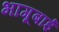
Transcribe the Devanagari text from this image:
भागूबाई